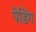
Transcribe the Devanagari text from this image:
पेडिंग